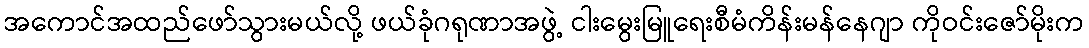
အကောင်အထည်ဖော်သွားမယ်လို့ ဖယ်ခုံဂရုဏာအဖွဲ့ ငါးမွေးမြူရေးစီမံကိန်းမန်နေဂျာ ကိုဝင်းဇော်မိုးက